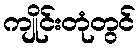
ကျိုင်းတုံတွင်